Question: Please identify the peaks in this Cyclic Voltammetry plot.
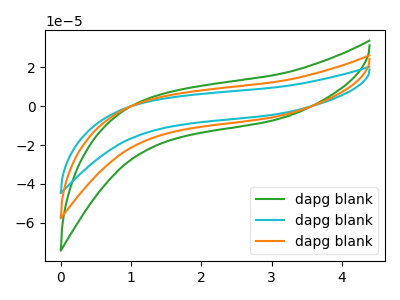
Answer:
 <answer>The green curve "dapg blank1" has no peaks. The cyan curve "dapg blank2" has no peaks. The orange curve "dapg blank3" has no peaks.</answer>
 <eval></eval>